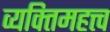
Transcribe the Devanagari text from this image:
व्यक्‍तिमहत्त्व